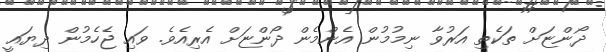
ދޯންޏަށް ތަކެތި އަރުވާ ނިމުމުން އެންމެން ދޯންޏަށް އެރިއެވެ. ވައި ޖެހެމުން ދިޔައީ